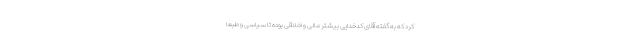
کرد که به گفته آقای کدخدایی بیشتر مالی و اخلاقی بوده تا سیاسی و طبعا